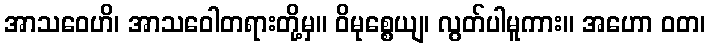
အာသဝေဟိ၊ အာသဝေါတရားတို့မှ။ ဝိမုစ္စေယျ၊ လွတ်ပါမူကား။ အဟော ဝတ၊